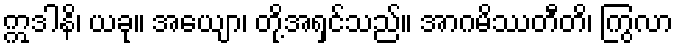
ဣဒါနိ၊ ယခု။ အယျော၊ တို့အရှင်သည်။ အာဂမိဿတီတိ၊ ကြွလာ